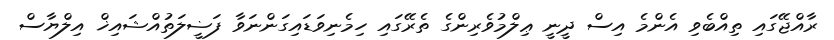
ރާއްޖޭގައި ތިއްބެވި އެންމެ އިސް ދީނީ ޢިލްމުވެރިންގެ ތެރޭގައި ހިމެނިވަޑައިގަންނަވާ ފަޟީލަތުއްޝައިޚް އިލްޔާސް